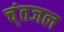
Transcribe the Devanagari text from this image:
च्ंतजल